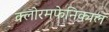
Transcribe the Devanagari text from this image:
क्लोरमफेनिकाल